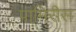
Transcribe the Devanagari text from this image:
पामिरीस